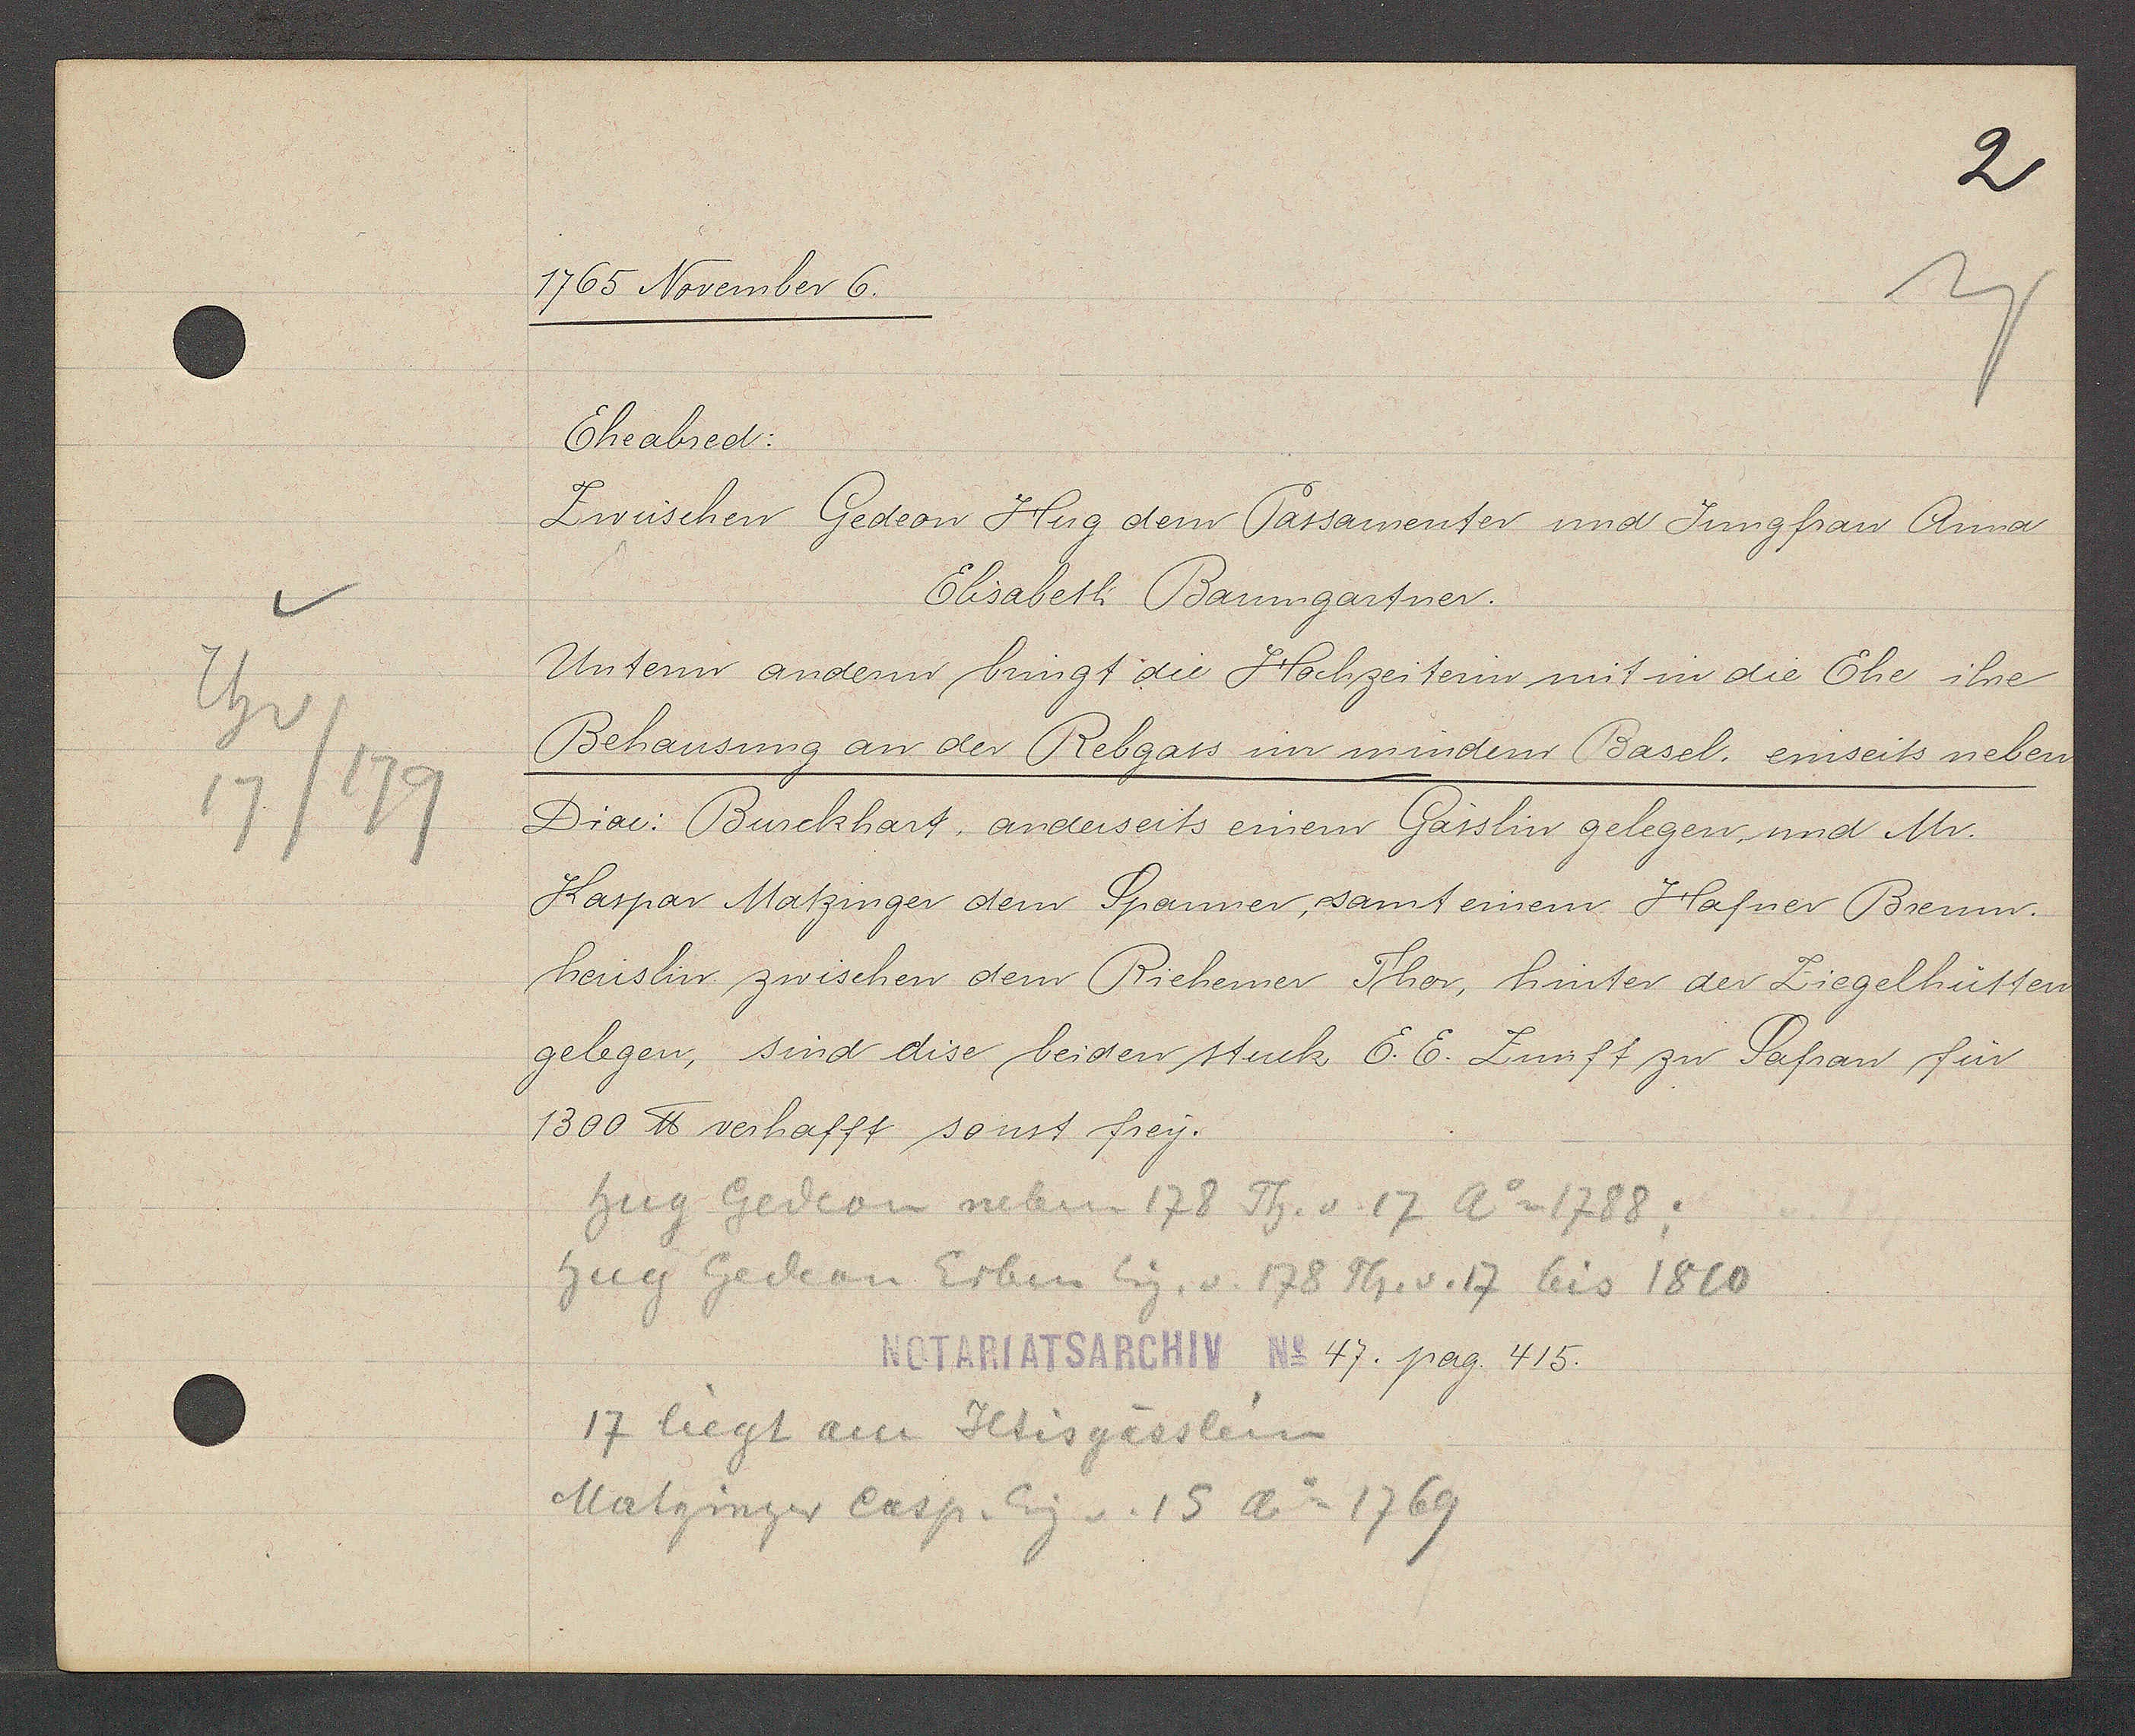
Transcript:
Th v
17/179

1765 November 6.

Eheabred:
Zwischen Gedeon Hug dem Passamenter und Jungfrau Anna
Elisabeth Baumgartner.
Unten andern bingt die Hochzeiterin mit in die Ehe ihre
Behausung an der Rebgass in mindern Basel, einseits neben
Diac: Burckhart, anderseits einem Gässlin gelegen und Mr.
Kaspar Matzinger dem Spanner, samt einem Hafner Brenn-
heuslin zwischen dem Riehener Thor, hinter der Ziegelhütten
gelegen, sind dise beiden stuck E. E. Zunft zu Safran für
1300 ℔ verhafft sonst frey.

hug Gedeon neben 178 Th. v. 17 Ao 1788;
hug Gedeon Erben Eig. v. 178 Th. v. 17 bis 1810
17 liegt am Iltisgässlein
Matzinger Casp. Eig v. 15 Ao 1769

Notariatsarchiv No 47. pag. 415.